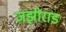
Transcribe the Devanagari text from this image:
जझीराड